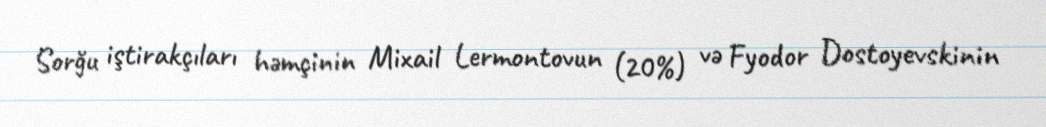
Sorğu iştirakçıları həmçinin Mixail Lermontovun (20%) və Fyodor Dostoyevskinin